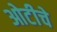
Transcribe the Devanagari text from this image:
ओटीचे